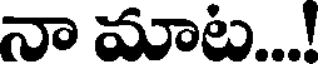
నా మాట...!